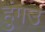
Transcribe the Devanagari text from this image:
हुंगउ